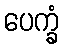
ပေက္ခံ